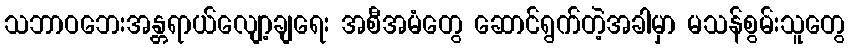
သဘာဝဘေးအန္တရာယ်လျော့ချရေး အစီအမံတွေ ဆောင်ရွက်တဲ့အခါမှာ မသန်စွမ်းသူတွေ